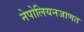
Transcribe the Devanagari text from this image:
नेपोलियनजाणत